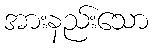
အားနည်းသော